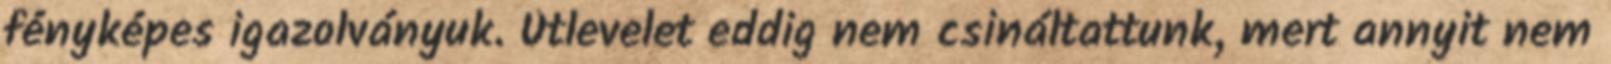
fényképes igazolványuk. Útlevelet eddig nem csináltattunk, mert annyit nem